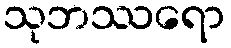
သုဘဿရော